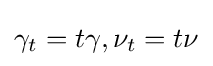
\gamma _{t}=t\gamma ,\nu _{t}=t\nu